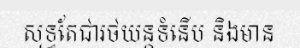
សុទ្ធតែជារថយន្តទំនើប និងមាន